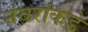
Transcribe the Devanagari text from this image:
नंबरांकडे